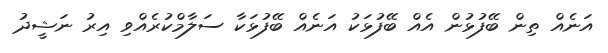
އަނެއް ތިން ބޭފުޅުން އެއް ބޭފުޅަކު އަނެއް ބޭފުޅަކާ ސަލާމްކުރެއްވި އިރު ނަޝީދު